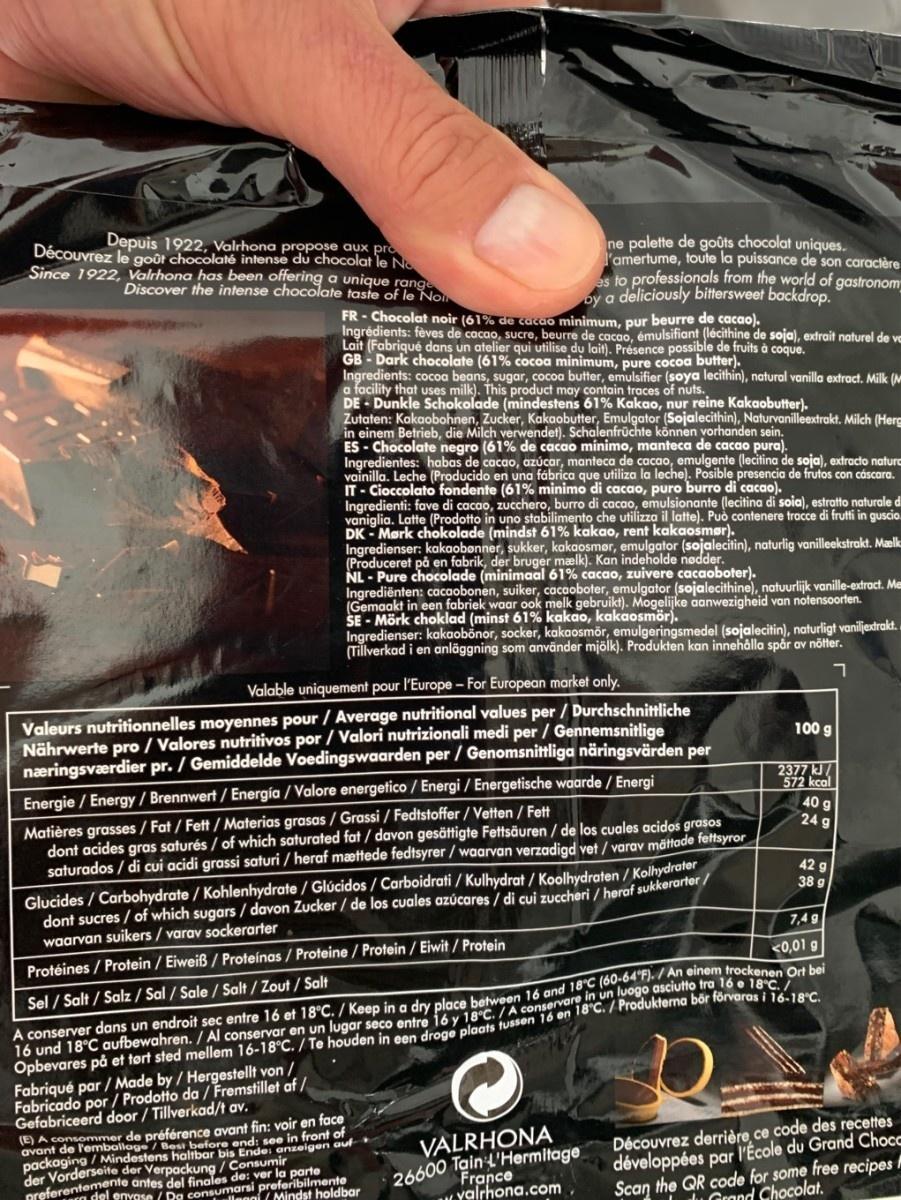
Depuis 1922, Valrhona propose aux pro Découvrez le goût chocolaté intense du chocolat le No Since 1922, Valrhona has been offering a unique range Discover the intense chocolate taste of le No
ne palette de goûts chocolat uniques. l'amertume, toute la puissance de son caractère s to professionals from the world of gastronom by a deliciously bittersweet backdrop.
FR - Chocolat noir (61% de cacao minimum, pur beurre de cacao). Ingrédients: fèves de cacao, sucre, beurre de cacao, émulsifiant (lécithine de soja), extrait naturel de vo Lait (Fabriqué dans un atelier qui utilise du lait). Présence possible de fruits à coque. GB - Dark chocolate (61% cocoa minimum, pure cocoa butter). Ingredients: cocoa beans, sugar, cocoa butter, emulsifier (soya lecithin), natural vanilla extract. Milk (M a facility that uses milk). This product may contain traces of nuts. DE - Dunkle Schokolade (mindestens 61% Kakao, nur reine Kakaobutter). Zutaten: Kakaobohnen, Zucker, Kakaobutter, Emulgator (Sojalecithin), Naturvanilleextrakt. Milch (Herg in einem Betrieb, die Milch verwendet). Schalenfrüchte können vorhanden sein. ES - Chocolate negro (61% de cacao mínimo, manteca de cacao pura). Ingredient vainilla. Leche (Producido en una fábrica que utiliza la leche). Posible presencia de frutos con cáscara. IT - Cioccolato fondente (61% minimo di cacao, puro burro di cacao). Ingredienti: fave di cacao, zucchero, burro di cacao, emulsionante (lecitina di soia), estratto naturale di vaniglia. Latte (Prodotto in uno stabilimento che utilizza il latte). Puổ contenere tracce di frutti in guscio. DK - Mørk chokolade (mindst 61% kakao, rent kakaosmør). Ingredienser: kakaobonner, sukker, kakaosmør, emulgator (sojalecitin), naturlig vanilleekstrakt. Maelk (Produceret på en fabrik, der bruger mælk). Kan indeholde nødder. NL - Pure chocolade (minimaal 61% cacao, zuivere cacaoboter). Ingrediënten: cacaobonen, suiker, cacaoboter, emulgator (sojalecithine), natuurlijk vanille-extract. Me (Gemaakt in een fabriek waar ook melk gebruikt). Mogelijke aanwezigheid van notensoorten. SE - Mörk choklad (minst 61% kakao, kakaosmör). Ingredienser: kakaobonor, socker, kakaosmör, emulgeringsmedel (sojalecitin), naturligt vaniljextrakt. (Tillverkad i en anläggning som använder mjölk). Produkten kan innehålla spår av nötter.
abas
cacao, azúcar, manteca de cacao, emulgente (lecitina de soja), extracto naturc
Valable uniquement pour l'Europe - For European market only.
Valeurs nutritionnelles moyennes pour / Average nutritional values per / Durchschnittliche Nährwerte pro / Valores nutritivos por / Valori nutrizionali medi per / Gennemsnitlige næringsværdier pr. / Gemiddelde Voedingswaarden per / Genomsnittliga näringsvärden per
100 g
Energie / Energy / Brennwert / Energía / Valore energetico / Energi / Energetische waarde / Energi
2377 kJ/ 572 kcal
Matières grasses / Fat / Fett / Materias grasas / Grassi / Fedtstoffer/ Vetten / Fett dont acides gras saturés / of which saturated fat / davon gesättigte Fettsäuren / de los cuales acidos grasos saturados / di cui acidi grassi saturi / heraf mættede fedtsyrer / waarvan verzadigd vet / varav mättade fettsyror
40 g 24 g
Glucides / Carbohydrate / Kohlenhydrate / Glúcidos/ Carboidrati / Kulhydrat / Koolhydraten / Kolhydrater dont sucres / of which sugars / davon Zucker / de los cuales azúcares / di cui zuccheri / heraf sukkerarter/ waarvan suikers / varav sockerarter
42 g 38 g
7,4 g
Protéines / Protein / Eiweiß / Proteínas / Proteine/ Protein / Eiwit / Protein
<0,01 g
A conserver dans un endroit sec entre 16 et 18°C. / Keep in a dry place between 16 and 18°C (60-04 -7An enem frockenen Ort bei 16 und 18°C aufbewahren. / Al conservar en un lugar seco entre 16 y 18°C. / A conservare in un luogo asciutto tra 16 e 18°C. / Opbevares på et tørt sted mellem 16-18°C. / Te houden in een droge plaats tussen Fabriqué par / Made by / Hergestellt von / Fabricado por / Prodotto da / Fremstillet af / Gefabriceerd door / Tillverkad/t av.
Sel / Salt / Salz / Sal / Sale / Salt / Zout / Salt
n 18°C. / Produkterna bör förvaras i 16-18°C.
avant de l'emballe préférence avant fin: voir en face before end: see in front of
(E) A consommer
Découvrez derrière ce code des recettes développées par l'École du Grand Chocc Scan the QR code for some free recipes M
VALRHONA
26600 Tain L'Hermitage France
packaging / Mindestens haltbar bis Ende: anzeigen aut
der Vorderseite der Verpackung / Consumir
preferentemente antes del finales de: ver la parte preferibilmente del envase / Da consuma Mindst holdbar
yalrhona.co .
lu Grand Chocolat.